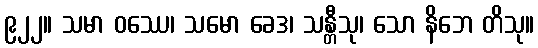
၉၂၂။ သမာ ဝဿေ၊ သမော ခေဒ၊ သန္တီသု၊ သော နိဘေ တိသု။